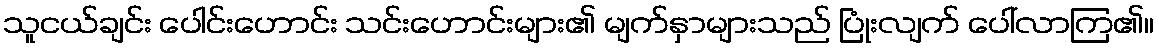
သူငယ်ချင်း ပေါင်းဟောင်း သင်းဟောင်းများ၏ မျက်နှာများသည် ပြုံးလျက် ပေါ်လာကြ၏။